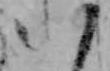
八